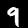
Digit: 9